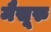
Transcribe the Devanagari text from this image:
मैसूरु